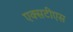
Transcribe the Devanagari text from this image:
एक्सटीएस